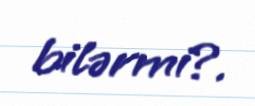
bilərmi?.